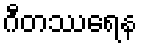
ဂီတဿရေန